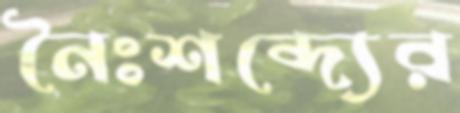
নৈঃশব্দ্যের